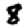
Digit: 8